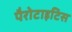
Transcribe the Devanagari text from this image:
पैरोटाइटिस